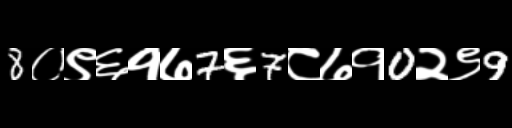
Text: 8०९६१७7६7८७१0२९9